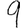
Digit: 9